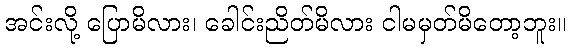
အင်းလို့ ပြောမိလား၊ ခေါင်းညိတ်မိလား ငါမမှတ်မိတော့ဘူး။